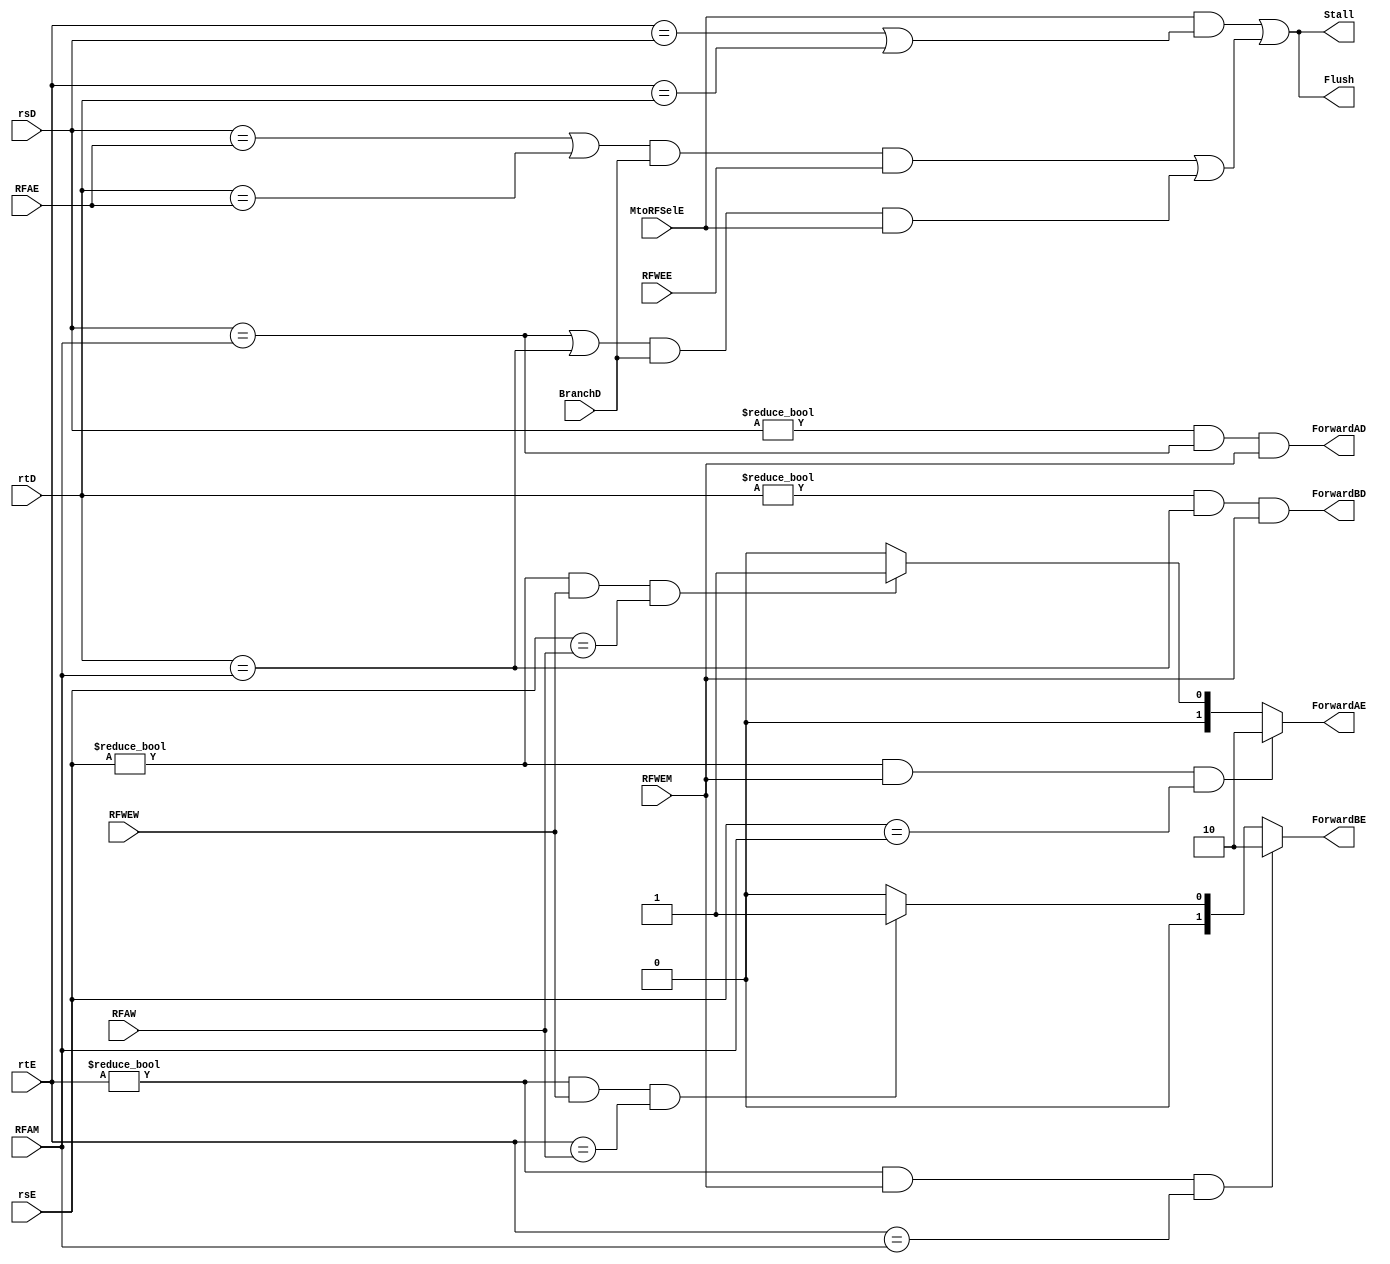
`timescale 1ns / 1ps

module HU(
    input BranchD,
    input [4:0] rsD,
    input [4:0] rtD,
    input [4:0] rsE,
    input [4:0] rtE,
    input [4:0] RFAE,
    input MtoRFSelE,
    input RFWEE,
    input [4:0] RFAM,
    input RFWEM,
    input [4:0] RFAW,
    input RFWEW,
    output reg Stall,
    output reg ForwardAD,
    output reg ForwardBD,
    output reg Flush,
    output reg [1:0] ForwardAE,
    output reg [1:0] ForwardBE
    );
    
    reg LWStall;
    reg BRStall;
//    initial Stall = 1'b0;
//    initial Flush = 1'b0;
    always@(BranchD or rsD or rtD or rsE or rtE or RFAE or MtoRFSelE or RFWEE or RFAM or RFWEM or RFAW or RFWEW)begin
//      always@(*)begin
//        ForwardAE <= 2'b00;
//        ForwardBE <= 2'b00;
    
        // ForwardAE
        if ((rsE!=0) && (RFWEM) && (rsE==RFAM)) begin
            ForwardAE <= 2'b10;
        end
        else if((rsE!=0) && (RFWEW) && (rsE==RFAW)) begin
            ForwardAE <= 2'b01;
        end
        else begin
            ForwardAE <= 2'b00;
        end
        
        // ForwardBE
        if ((rtE!=0) && (RFWEM) && (rtE==RFAM)) begin
            ForwardBE <= 2'b10;
        end
        else if((rtE!=0) && (RFWEW) && (rtE==RFAW)) begin
            ForwardBE <= 2'b01;
        end
        else begin
            ForwardBE <= 2'b00;
        end 
        
        // Stall
        LWStall <= (MtoRFSelE) && ((rtE == rsD) || (rtE == rtD));
        
        ForwardAD <= (rsD != 0) && (rsD == RFAM) && RFWEM;
        ForwardBD <= (rtD != 0) && (rtD == RFAM) && RFWEM;
        
        BRStall <= ((rsD == RFAE) || (rtD == RFAE)) && BranchD && RFWEE || 
                   ((rsD == RFAM) || (rtD == RFAM)) && BranchD && MtoRFSelE;
        
        Stall <= LWStall || BRStall;
        Flush <= Stall; 
    end    
endmodule